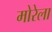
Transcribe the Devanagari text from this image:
मोरेला